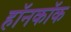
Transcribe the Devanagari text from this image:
हॉनकॉक